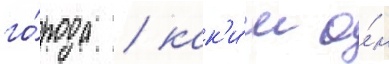
го́рода / как'и́м о́н